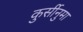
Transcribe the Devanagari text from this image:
कुर्सीनुमा